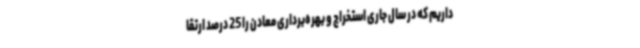
داریم که در سال جاری استخراج و بهره‌برداری معادن را 25 درصد ارتقا